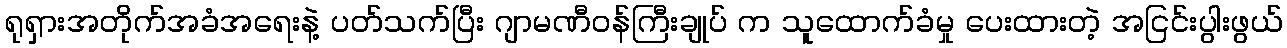
ရုရှားအတိုက်အခံအရေးနဲ့ ပတ်သက်ပြီး ဂျာမဏီဝန်ကြီးချုပ် က သူထောက်ခံမှု ပေးထားတဲ့ အငြင်းပွါးဖွယ်